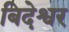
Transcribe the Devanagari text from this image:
बिदेश्वर